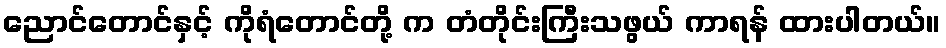
ညောင်တောင်နှင့် ကိုရံတောင်တို့ က တံတိုင်းကြီးသဖွယ် ကာရန် ထားပါတယ်။